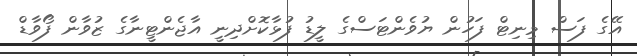
އޭގެ ފަސް މިނިޓް ފަހުން ޔުވެެންޓަސްގެ ލީޑު ފުޅާކޮށްދިނީ އާޖެންޓީނާގެ ޒުވާން ފޯވާޑް